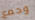
وجمع